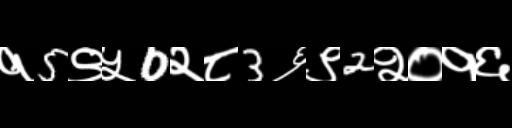
Text: १5९५0२८3६९2२०१६